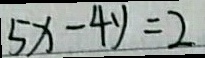
5 x - 4 y = 2